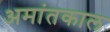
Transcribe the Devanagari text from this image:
अमांतकाल